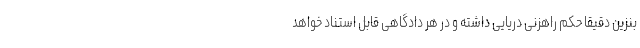
بنزین دقیقا حکم راهزنی دریایی داشته و در هر دادگاهی قابل استناد خواهد